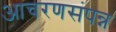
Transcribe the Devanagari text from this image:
आचरणसंपन्न